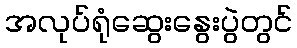
အလုပ်ရုံဆွေးနွေးပွဲတွင်